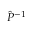
\hat { P } ^ { - 1 }